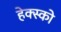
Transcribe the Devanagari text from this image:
हेक्स्को